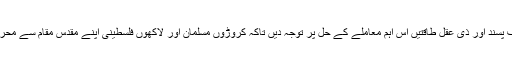
دنیا کی انصاف پسند اور ذی عقل طاقتیں اس اہم معاملے کے حل پر توجہ دیں تاکہ کروڑوں مسلمان اور لاکھوں فلسطینی اپنے مقدس مقام سے محروم نہ ہوسکیں۔